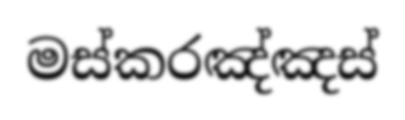
මස්කරඤ්ඤස්